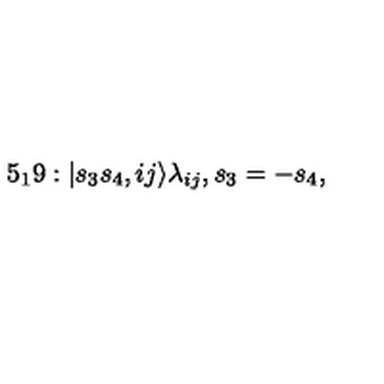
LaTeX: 5 _ { 1 } 9 : | s _ { 3 } s _ { 4 } , i j \rangle \lambda _ { i j } , s _ { 3 } = - s _ { 4 } ,